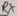
Text: PX